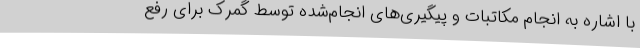
با اشاره به انجام مکاتبات و پیگیری‌های انجام‌شده توسط گمرک برای رفع